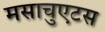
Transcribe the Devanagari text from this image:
मसाचुएटस